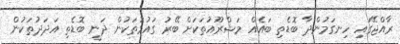
ރާއްޖޭގައި ހިނގަމުންދާ ބޮޑެތި ބައެއް މަޝްރޫއުތަކަށް ބޭރު ގައުމުތަކުން ދަނީ ބޮޑެތި އަދަދުތަކުން